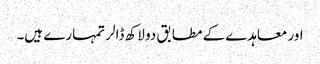
اور معاہدے کے مطابق دو لاکھ ڈالر تمہارے ہیں۔